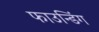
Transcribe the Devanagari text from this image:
फाउन्डिंग